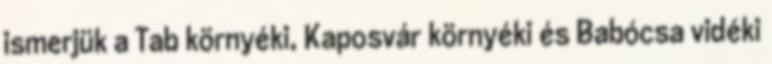
ismerjük a Tab környéki, Kaposvár környéki és Babócsa vidéki